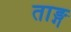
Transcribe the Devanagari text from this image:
ताङ्ग